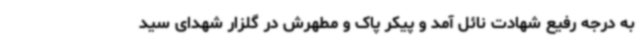
به درجه رفیع شهادت نائل آمد و پیکر پاک و مطهرش در گلزار شهدای سید